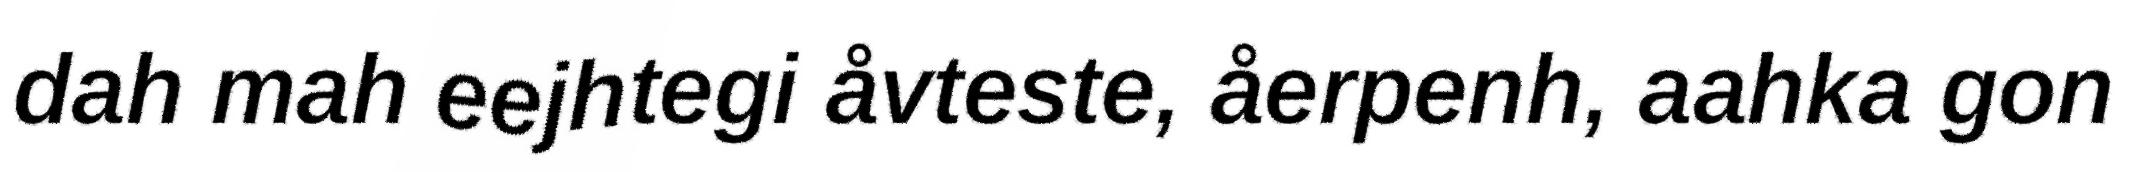
dah mah eejhtegi åvteste, åerpenh, aahka gon